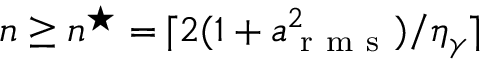
n \geq n ^ { \star } = \lceil 2 ( 1 + a _ { \mathrm { ~ r ~ m ~ s ~ } } ^ { 2 } ) / \eta _ { \gamma } \rceil